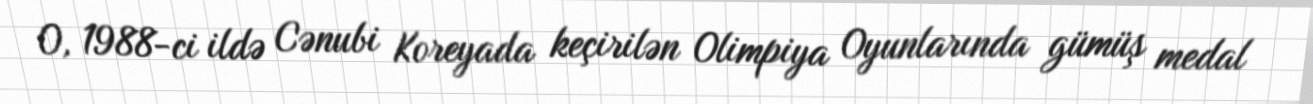
O, 1988-ci ildə Cənubi Koreyada keçirilən Olimpiya Oyunlarında gümüş medal